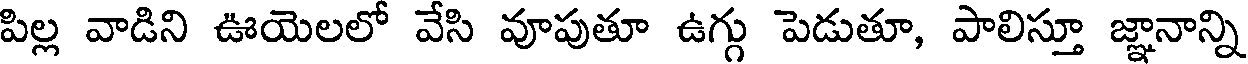
పిల్ల వాడిని ఊయెలలో వేసి వూపుతూ ఉగ్గు పెడుతూ, పాలిస్తూ జ్ఞానాన్ని